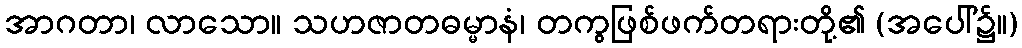
အာဂတာ၊ လာသော။ သဟဇာတဓမ္မာနံ၊ တကွဖြစ်ဖက်တရားတို့၏ (အပေါ်၌။)